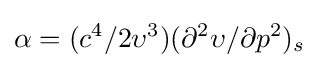
\alpha =(c^{4}/2\upsilon ^{3})(\partial ^{2}\upsilon /\partial p^{2})_{s}